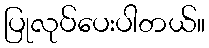
ပြုလုပ်ပေးပါတယ်။